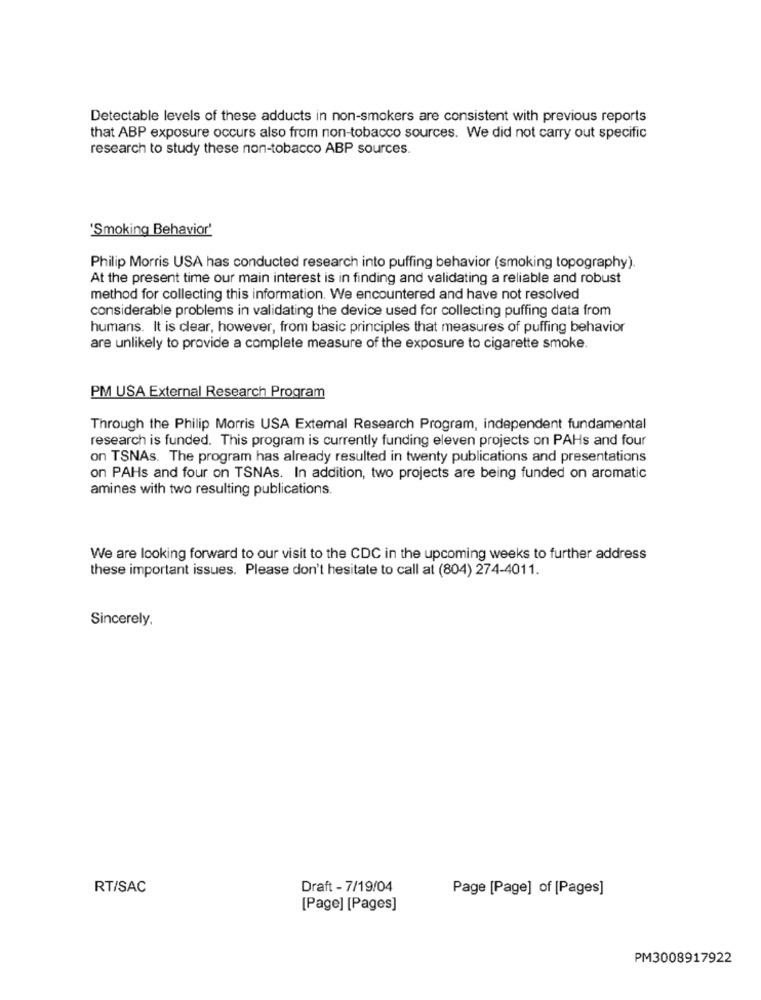
Detectable levels of these adducts in non-smokers are consistent with previous reports
that ABP exposure occurs also from non-tobacco sources. We did not carry out specific
research to study these non-tobacco ABP sources.
'Smoking Behavior'
Philip Morris USA has conducted research into puffing behavior (smoking topography).
At the present time our main interest is in finding and validating a reliable and robust
method for collecting this information. We encountered and have not resolved
considerable problems in validating the device used for collecting puffing data from
humans. It is clear, however, from basic principles that measures of puffing behavior
are unlikely to provide a complete measure of the exposure to cigarette smoke.
PM USA External Research Program
Through the Philip Morris USA Extemal Research Program, independent fundamental
research is funded. This program is currently funding eleven projects on PAHs and four
on TSNAs. The program has already resulted in twenty publications and presentations
on PAHs and four on TSNAs. In addition, two projects are being funded on aromatic
amines with two resulting publications.
We are looking forward to our visit to the CDC in the upcoming weeks to further address
these important issues. Please don't hesitate to call at (804) 274-4011.
Sincerely,
RT/SAC
Draft - 7/19/04
Page [Page] of [Pages]
[Page] [Pages]
PM3008917922